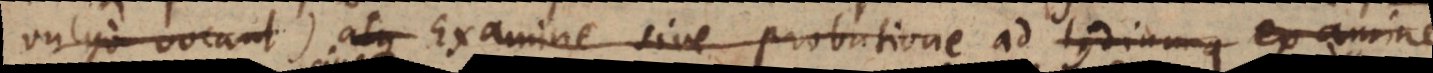
vulgo vocant) atque Examine sive probatione ad lydium q examine